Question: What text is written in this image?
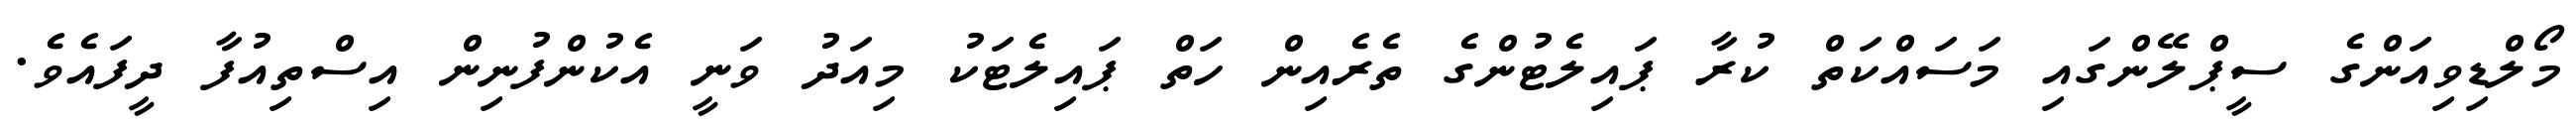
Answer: މޯލްޑިވިއަންގެ ސީޕްލޭންގައި މަސައްކަތް ކުރާ ޕައިލެޓުންގެ ތެރެއިން ހަތް ޕައިލެޓަކު މިއަދު ވަނީ އެކުންފުނިން އިސްތިއުފާ ދީފައެވެ.